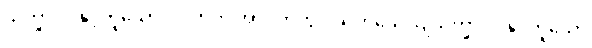
သိက္ခာပုဒ်နှင့်တူသော၊ လဟုက အာပတ်တွင် သဟသေယျသိက္ခာပုဒ်နှင့်တူသော